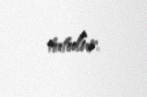
tutulur.